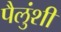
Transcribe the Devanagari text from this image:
पैलुंशी